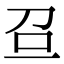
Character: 𠯉